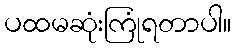
ပထမဆုံးကြုံရတာပါ။